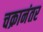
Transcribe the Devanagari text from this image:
चक्रानंतर